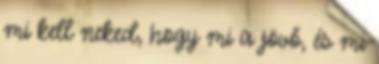
mi kell neked, hogy mi a jövő, és mi